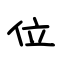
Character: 位